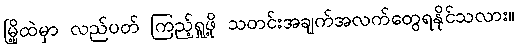
မြို့ထဲမှာ လည်ပတ် ကြည့်ရှုဖို့ သတင်းအချက်အလက်တွေရနိုင်သလား။